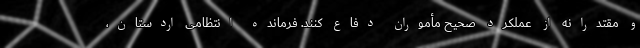
و مقتدرانه از عملکرد صحیح مأموران دفاع کنند. فرمانده انتظامی اردستان،